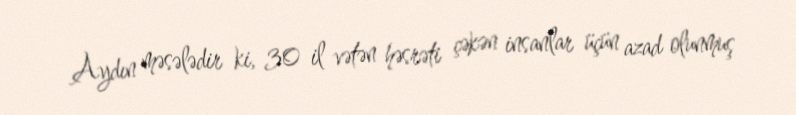
Aydın məsələdir ki, 30 il vətən həsrəti çəkən insanlar üçün azad olunmuş